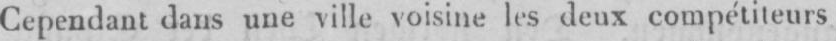
Cependant dans une ville voisine les deux compétiteurs